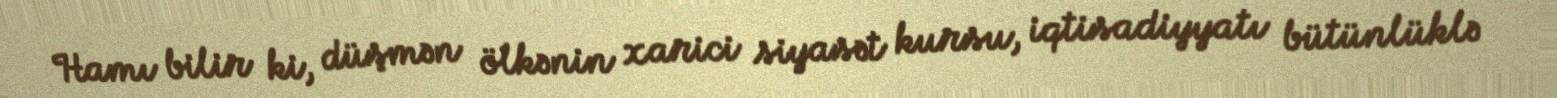
Hamı bilir ki, düşmən ölkənin xarici siyasət kursu, iqtisadiyyatı bütünlüklə